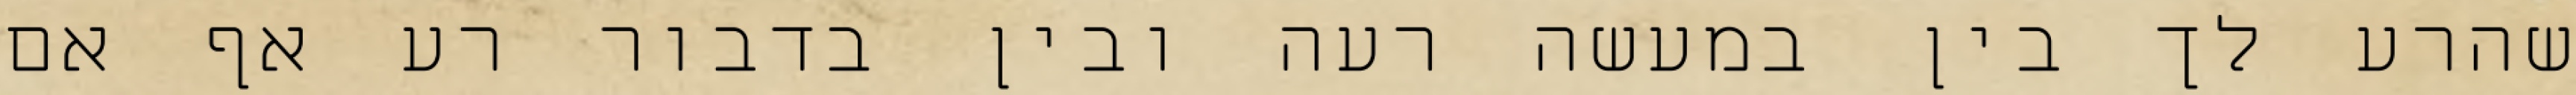
שהרע לך בין במעשה רעה ובין בדבור רע אף אם